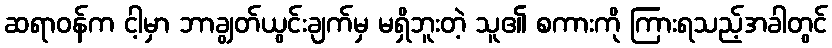
ဆရာဝန်က ငါ့မှာ ဘာချွတ်ယွင်းချက်မှ မရှိဘူးတဲ့ သူ၏ စကားကို ကြားရသည့်အခါတွင်